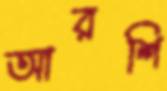
আরশি